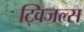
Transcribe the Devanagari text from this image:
ट्विजल्स